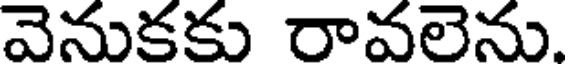
వెనుకకు రావలెను.